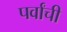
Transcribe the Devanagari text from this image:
पर्वांची